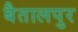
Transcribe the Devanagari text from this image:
बैतालपुर